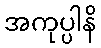
အကုပ္ပါနိ